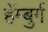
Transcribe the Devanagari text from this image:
हॅम्बुर्ग